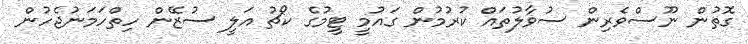
ގޮތުން ނޫސްވެރިން ސުވާލުތައް ކުރުމުން ގައުމީ ޓީމުގެ ކޯޗު އަލީ ސުޒޭން ހިތްހަމަނުޖެހުން